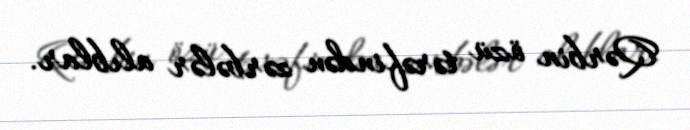
Qərbin özü tərəfindən zərbələr alıblar.